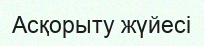
Асқорыту жүйесі